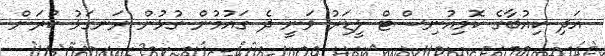
އަދި ކިއުބާގެ ކޮމިއުނިސްޓް ލީޑަރު ވަނީ ދެ ގައުުމުން ގުޅުން ރަނގަޅު ކުރަން